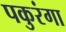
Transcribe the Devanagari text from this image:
पकुरंगा